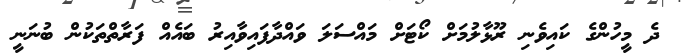
ދެ މީހުންގެ ކައިވެނި ރޫޅާލުމަށް ކޯޓަށް މައްސަލަ ވައްދާފައިވާއިރު ބައެއް ފަރާތްތަކުން ބުނަނީ